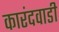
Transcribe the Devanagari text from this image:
कारंदवाडी